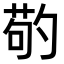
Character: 𠣷